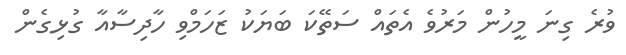
ވުރެ ގިނަ މީހުން މަރުވެ އެތައް ސަތޭކަ ބަޔަކު ޒަހަމްވި ހާދިސާއާ ގުޅިގެން